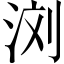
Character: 浏